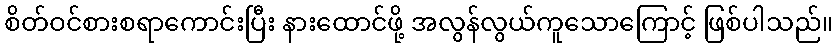
စိတ်ဝင်စားစရာကောင်းပြီး နားထောင်ဖို့ အလွန်လွယ်ကူသောကြောင့် ဖြစ်ပါသည်။